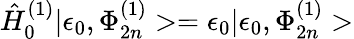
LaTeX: {\hat{H}}_{0}^{(1)}|\epsilon_{0},\Phi_{2n}^{(1)}>=\epsilon_{0}|\epsilon_{0},\Phi_{2n}^{(1)}>